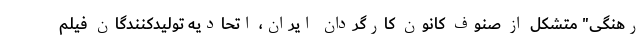
رهنگی" متشکل از صنوف کانون کارگردان ایران، اتحادیه تولیدکنندگان فیلم